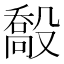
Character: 𣪽